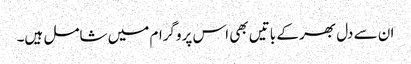
ان سے دل بھر کے باتیں بھی اس پروگرام میں شامل ہیں۔